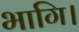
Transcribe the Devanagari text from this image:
भागि।